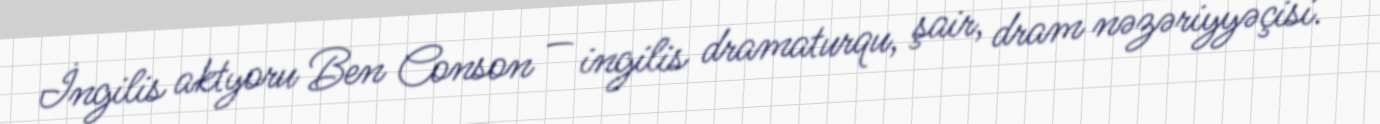
İngilis aktyoru Ben Conson — ingilis dramaturqu, şair, dram nəzəriyyəçisi.